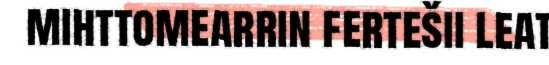
mihttomearrin fertešii leat